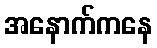
အနောက်ကနေ